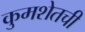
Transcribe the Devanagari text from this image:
कुमशेतची